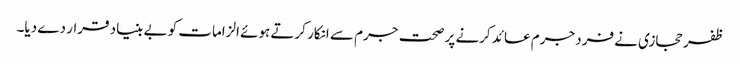
ظفر حجازی نے فرد جرم عائد کرنے پر صحت جرم سے انکار کرتے ہوئے الزامات کو بے بنیاد قرار دے دیا۔